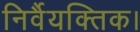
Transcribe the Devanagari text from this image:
निर्वैयक्तिक।